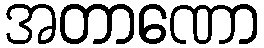
အတာဏော